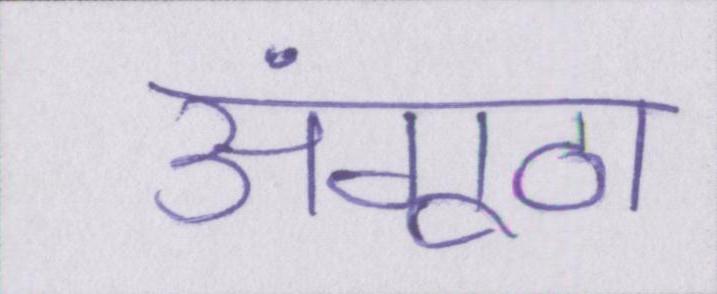
अंगूठा